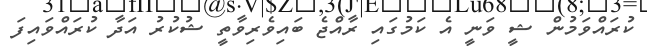
ކުރައްވަމުން ޝީ ވަނީ އެ ކަމުގައި ރާއްޖެ ބައިވެރިވާތީ ޝުކުރު އަދާ ކުރައްވައިފަ